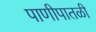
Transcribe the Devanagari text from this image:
पाणीपातळी